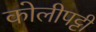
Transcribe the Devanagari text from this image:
कोलीपट्टी